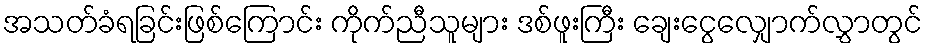
အသတ်ခံရခြင်းဖြစ်ကြောင်း ကိုက်ညီသူများ ဒစ်ဖူးကြီး ချေးငွေလျှောက်လွှာတွင်